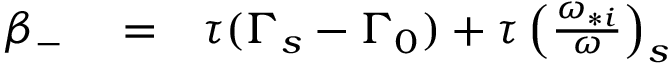
\begin{array} { r l r } { \beta _ { - } } & { { } = } & { \tau ( \Gamma _ { s } - \Gamma _ { 0 } ) + \tau \left( \frac { \omega _ { * i } } { \omega } \right) _ { s } } \end{array}